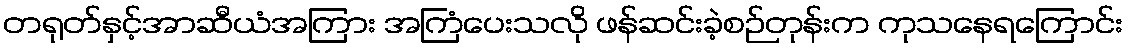
တရုတ်နှင့်အာဆီယံအကြား အကြံပေးသလို ဖန်ဆင်းခဲ့စဉ်တုန်းက ကုသနေရကြောင်း